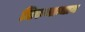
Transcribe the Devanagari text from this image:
तिरुमान्धाम